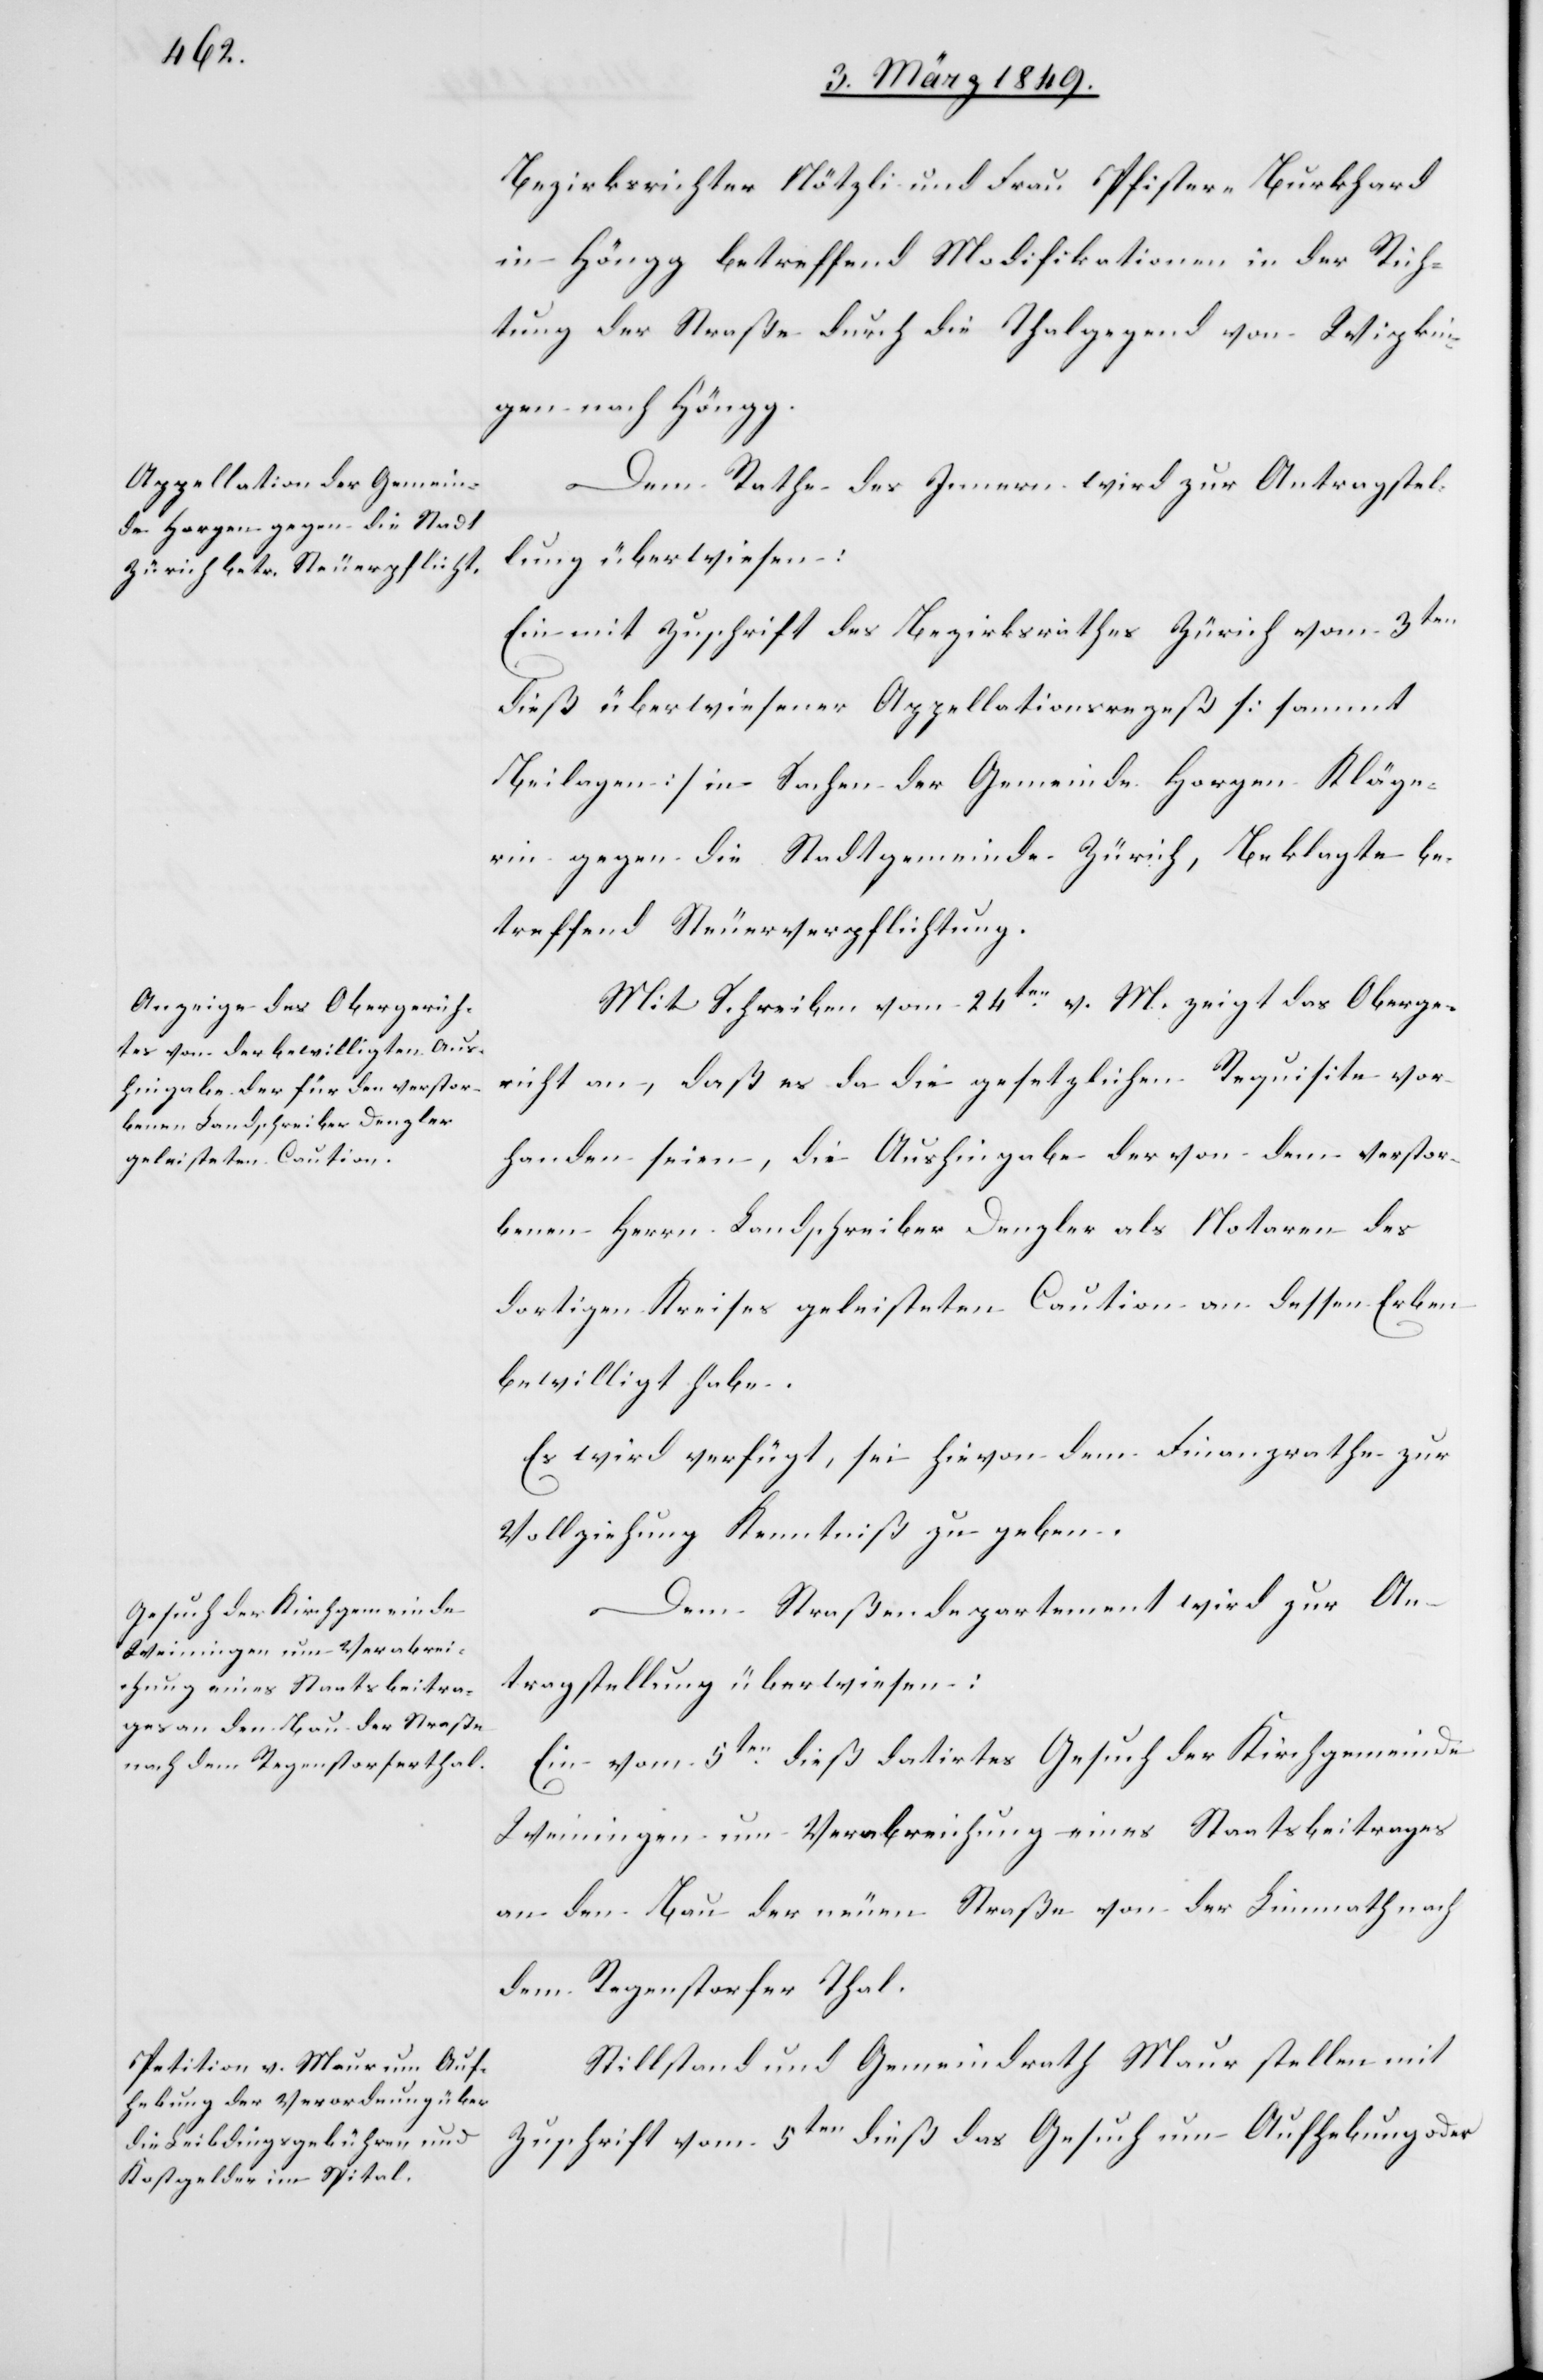
6. März 1849.]
Bezirksrichter Nötzli und Frau Pfister-Burkhard
in Höngg betreffend Modifikationen in der Rich¬
tung der Straße durch die Thalgegend von Wipkin¬
gen nach Höngg.
Dem Rathe des Innern wird zur Antragstel¬
lung überwiesen:
Ein mit Zuschrift des Bezirksrathes Zürich vom 3ten
dieß überwiesener Appellationsrezeß [sammt
Beilagen] in Sachen der Gemeinde Horgen Kläge¬
rin gegen die Stadtgemeinde Zürich, Beklagte be¬
treffend Steuerverpflichtung.
Mit Schreiben vom 24ten. v. M. zeigt das Oberge¬
richt an, daß es da die gesetzlichen Requisite vor¬
handen seien, die Aushingabe der von dem verstor¬
benen Herrn Landschreiber Denzler als Notaren des
dortigen Kreises geleisteten Caution an dessen Erben
bewilligt habe.
Es wird verfügt, sei hievon dem Finanzrathe zur
Vollziehung Kenntniß zu geben.
Dem Straßendepartement wird zur An¬
tragstellung überwiesen:
Ein vom 5ten. dieß datirtes Gesuch der Kirchgemeinde
Weiningen um Verabreichung eines Staatsbeitrages
an den Bau der neuen Straße von der Limmath nach
dem Regenstorfer Thal.
Stillstand und Gemeindrath Maur stellen mit
Zuschrift vom 5ten dieß das Gesuch um Aufhebung oder